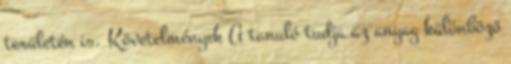
területén is. Követelmények A tanuló tudja az anyag különböző